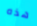
هذه